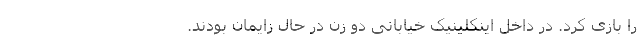
را بازی کرد. در داخل اینکلینیک خیابانی دو زن در حال زایمان بودند.